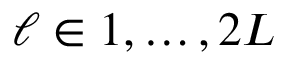
\ell \in { 1 , \dots , 2 L }